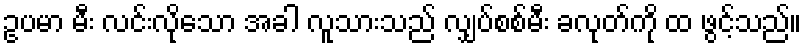
ဥပမာ မီး လင်းလိုသော အခါ လူသားသည် လျှပ်စစ်မီး ခလုတ်ကို ထ ဖွင့်သည်။